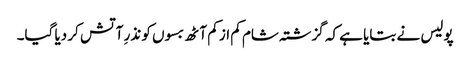
پولیس نے بتایا ہے کہ گزشتہ شام کم از کم آٹھ بسوں کو نذرِ آتش کر دیا گیا۔